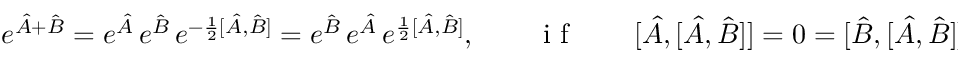
\begin{array} { r } { e ^ { \hat { A } + \hat { B } } = e ^ { \hat { A } } \, e ^ { \hat { B } } \, e ^ { - \frac { 1 } { 2 } [ \hat { A } , \hat { B } ] } = e ^ { \hat { B } } \, e ^ { \hat { A } } \, e ^ { \frac { 1 } { 2 } [ \hat { A } , \hat { B } ] } , \qquad \mathrm { ~ i ~ f ~ } \qquad [ \hat { A } , [ \hat { A } , \hat { B } ] ] = 0 = [ \hat { B } , [ \hat { A } , \hat { B } ] ] , } \end{array}